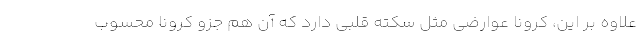
علاوه بر این، کرونا عوارضی مثل سکته قلبی دارد که آن هم جزو کرونا محسوب